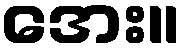
အေး။